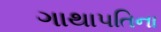
ગાથાપતિના